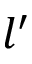
l ^ { \prime }